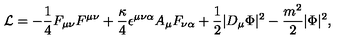
{ \cal L } = - { \frac { 1 } { 4 } } F _ { \mu \nu } F ^ { \mu \nu } + { \frac { \kappa } { 4 } } \epsilon ^ { \mu \nu \alpha } A _ { \mu } F _ { \nu \alpha } + { \frac { 1 } { 2 } } | D _ { \mu } \Phi | ^ { 2 } - \frac { m ^ { 2 } } { 2 } | \Phi | ^ { 2 } ,